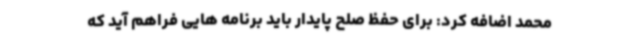
محمد اضافه کرد: برای حفظ صلح پایدار باید برنامه هایی فراهم آید که